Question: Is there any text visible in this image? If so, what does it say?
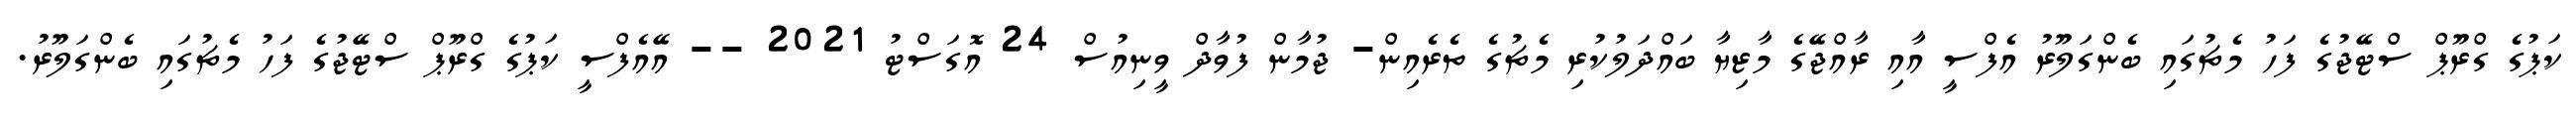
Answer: ކަޕުގެ ގްރޫޕް ސްޓޭޖުގެ ފަހު މެޗުގައި ބެންގަލޫރު އެފްސީ އާއި ރާއްޖޭގެ މާޒިޔާ ބައްދަލުކުރި މެޗުގެ ތެރެއިން- ޖުމާން ފުވާދް ވީނިއުސް 24 އޮގަސްޓު 2021 -- އޭއެފްސީ ކަޕުގެ ގްރޫޕް ސްޓޭޖުގެ ފަހު މެޗުގައި ބެންގަލޫރު.